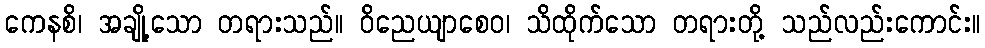
ကေနစိ၊ အချို့သော တရားသည်။ ဝိညေယျာစေဝ၊ သိထိုက်သော တရားတို့ သည်လည်းကောင်း။